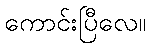
ကောင်းပြီလေ။